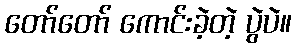
တော်တော် ကောင်းခဲ့တဲ့ ပွဲပဲ။